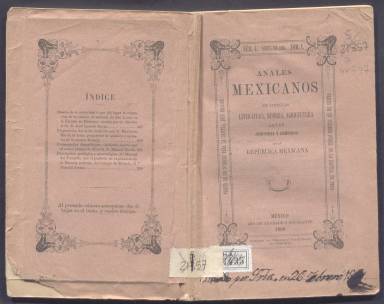
Título: Anales mexicanos de ciencias, literatura, minería, agricultura, artes, industria y comercio en la República Mexicana
Otros títulos: Anales mexicanos
Colección: Cultura || Ciencias
Ámbito geográfico: México
Lugar de publicación: México
Fechas: 04/04/1860-04/04/1860